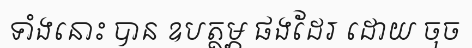
ទាំងនោះ បាន ឧបត្ថម្ភ ផងដែរ ដោយ ចុច